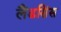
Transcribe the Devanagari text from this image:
लैंडसिंस